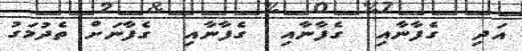
އަދި  ގެފާނާއި  ގެފާނާއި  ގެފާނާއި  ގެފާނަށް ތެދުމަގު